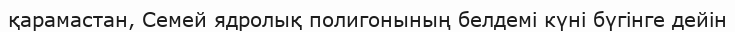
қарамастан, Семей ядролық полигонының белдемі күні бүгінге дейін